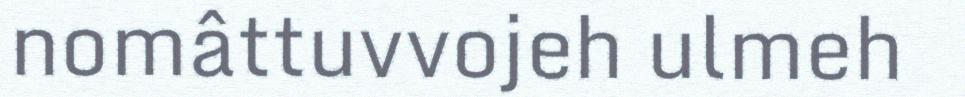
nomâttuvvojeh ulmeh